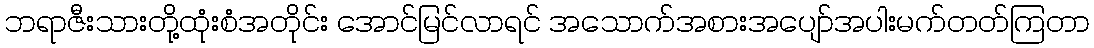
ဘရာဇီးသားတို့ထုံးစံအတိုင်း အောင်မြင်လာရင် အသောက်အစားအပျော်အပါးမက်တတ်ကြတာ